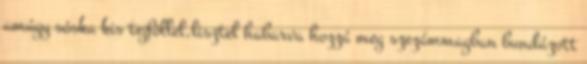
amúgy sóska kis tejföllel,lisztel habarva hozzá meg szezámmagban bundázott